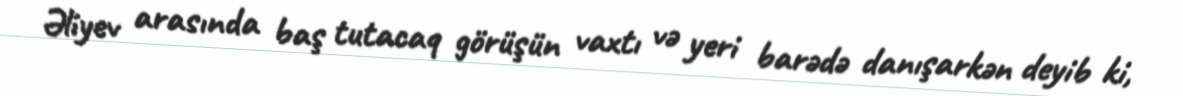
Əliyev arasında baş tutacaq görüşün vaxtı və yeri barədə danışarkən deyib ki,